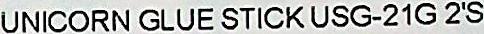
UNICORN GLUE STICK USG-21G 2'S